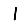
Digit: 1